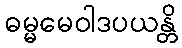
ဓမ္မမေဝါဒပယန္တိ